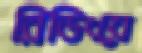
রিডিংয়ে